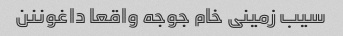
سیب زمینی خام جوجه واقعا داغوننن